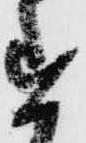
す